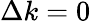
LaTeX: \Delta k=0